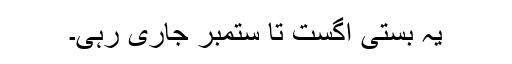
یہ بستی اگست تا ستمبر جاری رہی۔